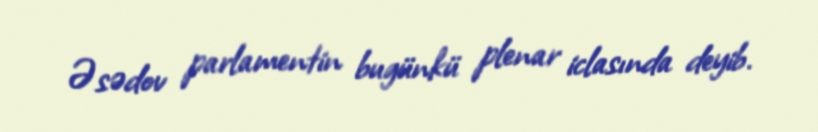
Əsədov parlamentin bugünkü plenar iclasında deyib.